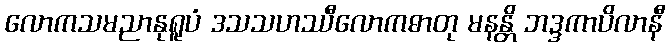
လောကသမညာနုရူပံ ဒသသဟဿီလောကဓာတု မနန္တိ ဘဒ္ဒကာပိလာနီ